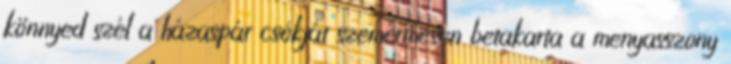
könnyed szél a házaspár csókját szemérmesen betakarta a menyasszony